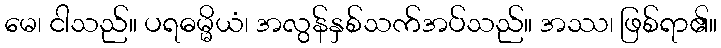
မေ၊ ငါသည်။ ပရဓမ္မိယံ၊ အလွန်နှစ်သက်အပ်သည်။ အဿ၊ ဖြစ်ရာ၏။